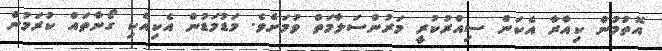
އޮތުމުން ކިއާރާ އެކަން ސިއްރުކުރީ މަރުންސަލާމަތް ވުމަށެވެ. މަޑުމަޑުން އެކިއެކި ގޯނާތައް ކުރަމުން